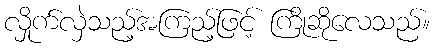
လှိုက်လှဲသည့်အကြည့်ဖြင့် ကြိုဆိုလေသည်။